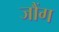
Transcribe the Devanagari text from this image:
जौंग